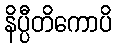
နိပ္ပီတိကောပိ